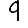
Digit: 9